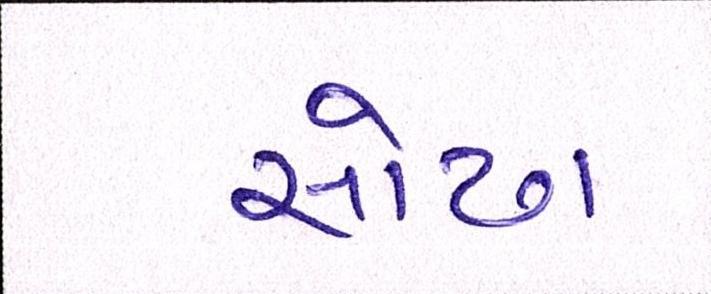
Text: સોઢા